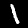
Label: 1